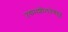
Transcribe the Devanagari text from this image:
उद्यमशीलतेबद्द्ल